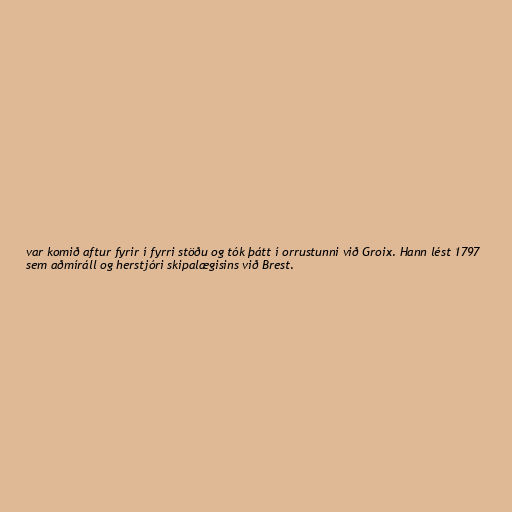
var komið aftur fyrir í fyrri stöðu og tók þátt í orrustunni við Groix. Hann lést 1797
sem aðmíráll og herstjóri skipalægisins við Brest.